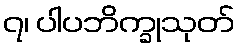
၇၊ ပါပဘိက္ခုသုတ်